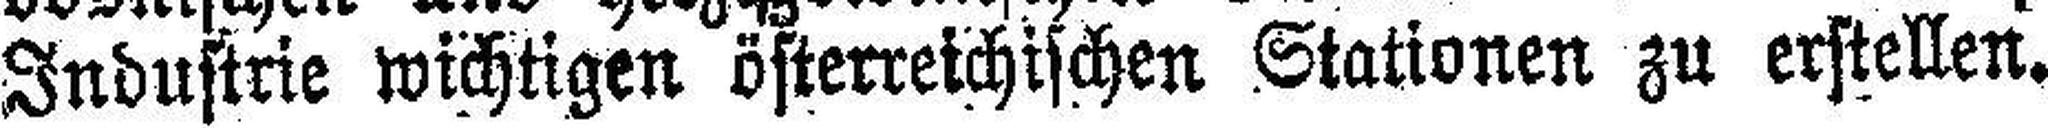
Industrie wichtigen österreichischen Stationen zu erstellen.